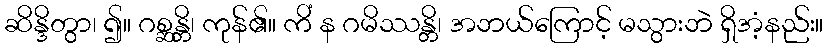
ဆိန္ဒိတွာ၊ ၍။ ဂစ္ဆန္တိ၊ ကုန်၏။ ကိံ န ဂမိဿန္တိ၊ အဘယ်ကြောင့် မသွားဘဲ ရှိအံ့နည်း။